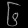
Digit: ၆